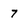
Character: 7